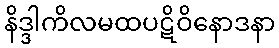
နိဒ္ဒါကိလမထပဋိဝိနောဒနာ